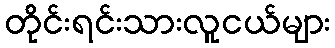
တိုင်းရင်းသားလူငယ်များ